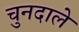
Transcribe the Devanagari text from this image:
चुनदाले